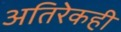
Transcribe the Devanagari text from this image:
अतिरेकही